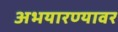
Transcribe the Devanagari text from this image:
अभयारण्यावर